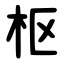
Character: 枢